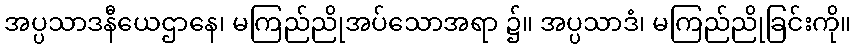
အပ္ပသာဒနီယေဌာနေ၊ မကြည်ညိုအပ်သောအရာ ၌။ အပ္ပသာဒံ၊ မကြည်ညိုခြင်းကို။